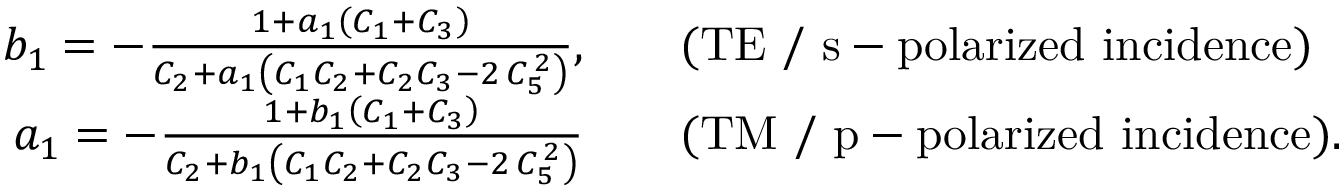
\begin{array} { r l } { b _ { 1 } = - \frac { 1 + a _ { 1 } \left( C _ { 1 } + C _ { 3 } \right) } { C _ { 2 } + a _ { 1 } \left( C _ { 1 } C _ { 2 } + C _ { 2 } C _ { 3 } - 2 \, C _ { 5 } ^ { \, 2 } \right) } , \quad } & { \mathrm { ( T E ~ / ~ s - p o l a r i z e d ~ i n c i d e n c e ) } } \\ { a _ { 1 } = - \frac { 1 + b _ { 1 } \left( C _ { 1 } + C _ { 3 } \right) } { C _ { 2 } + b _ { 1 } \left( C _ { 1 } C _ { 2 } + C _ { 2 } C _ { 3 } - 2 \, C _ { 5 } ^ { \, 2 } \right) } \quad } & { \mathrm { ( T M ~ / ~ p - p o l a r i z e d ~ i n c i d e n c e ) } . } \end{array}